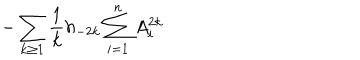
LaTeX: - \sum _ { k \ge 1 } { \frac { 1 } { k } } h _ { - 2 k } \sum _ { i = 1 } ^ { n } A _ { i } ^ { 2 k }